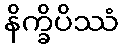
နိက္ခိပိဿံ